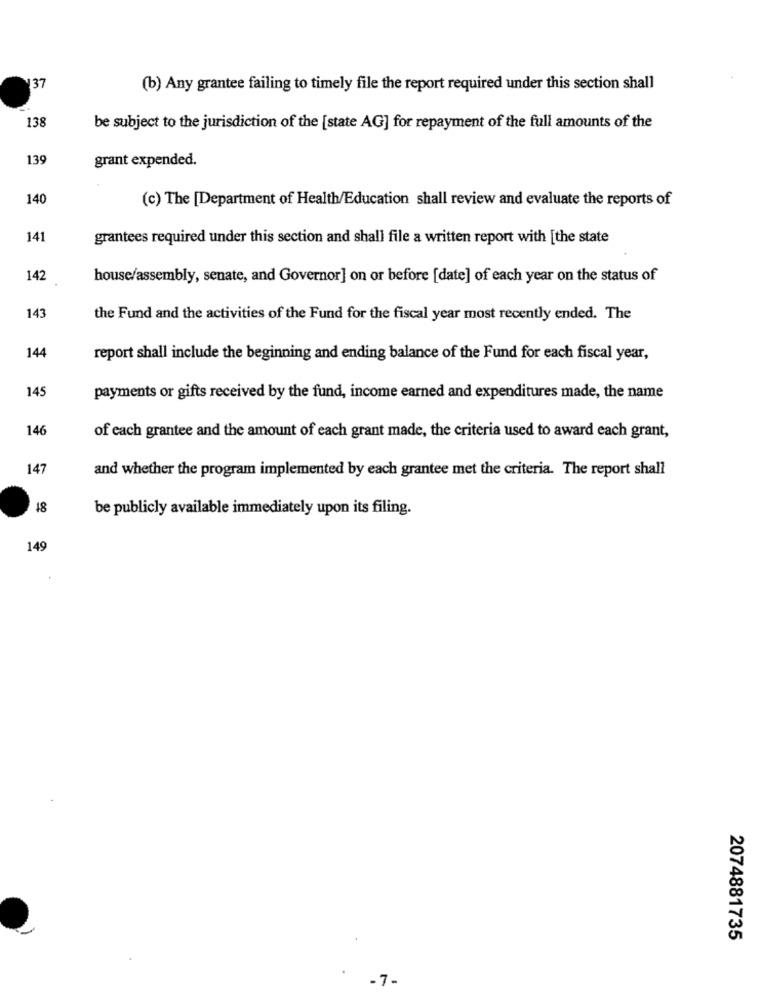
137
(b) Any grantee failing to timely file the report required under this section shall
138
be subject to the jurisdiction of the [state AG] for repayment of the full amounts of the
139
grant expended.
140
(c) The [Department of Health/Education shall review and evaluate the reports of
141
grantees required under this section and shall file a written report with [the state
142
house/assembly, senate, and Governor] on or before [date] of each year on the status of
143
the Fund and the activities of the Fund for the fiscal year most recently ended. The
144
report shall include the beginning and ending balance of the Fund for each fiscal year,
145
payments or gifts received by the fund, income earned and expenditures made, the name
146
of each grantee and the amount of each grant made, the criteria used to award each grant,
147
and whether the program implemented by each grantee met the criteria. The report shall
18
be publicly available immediately upon its filing.
149
2074881735
-7-